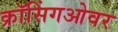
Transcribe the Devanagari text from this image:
क्रॉसिंगओवर